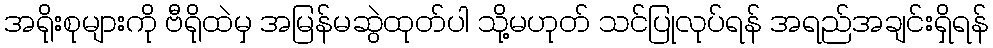
အရိုးစုများကို ဗီရိုထဲမှ အမြန်မဆွဲထုတ်ပါ သို့မဟုတ် သင်ပြုလုပ်ရန် အရည်အချင်းရှိရန်